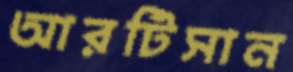
আরটিসান